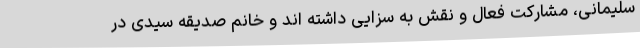
سلیمانی، مشارکت فعال و نقش به سزایی داشته اند و خانم صدیقه سیدی در